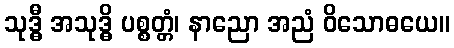
သုဒ္ဓီ အသုဒ္ဓိ ပစ္စတ္တံ၊ နာညော အညံ ဝိသောဓယေ။